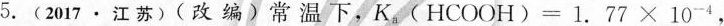
5.(2017·江苏)(改编)常温下，$$K_{a}(HCOOH)=1.77\times 10^{-4}$$，